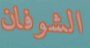
الشوفان